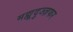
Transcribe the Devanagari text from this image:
मह्मूदुज्ज़फर